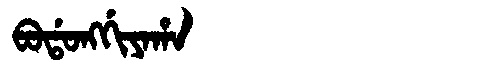
Manchu: ᠪᠣᡩᠣᠩᡤᡳᠶᠠᡥᠠ
Romanization: BODONGGIYAHA